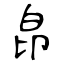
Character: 皍